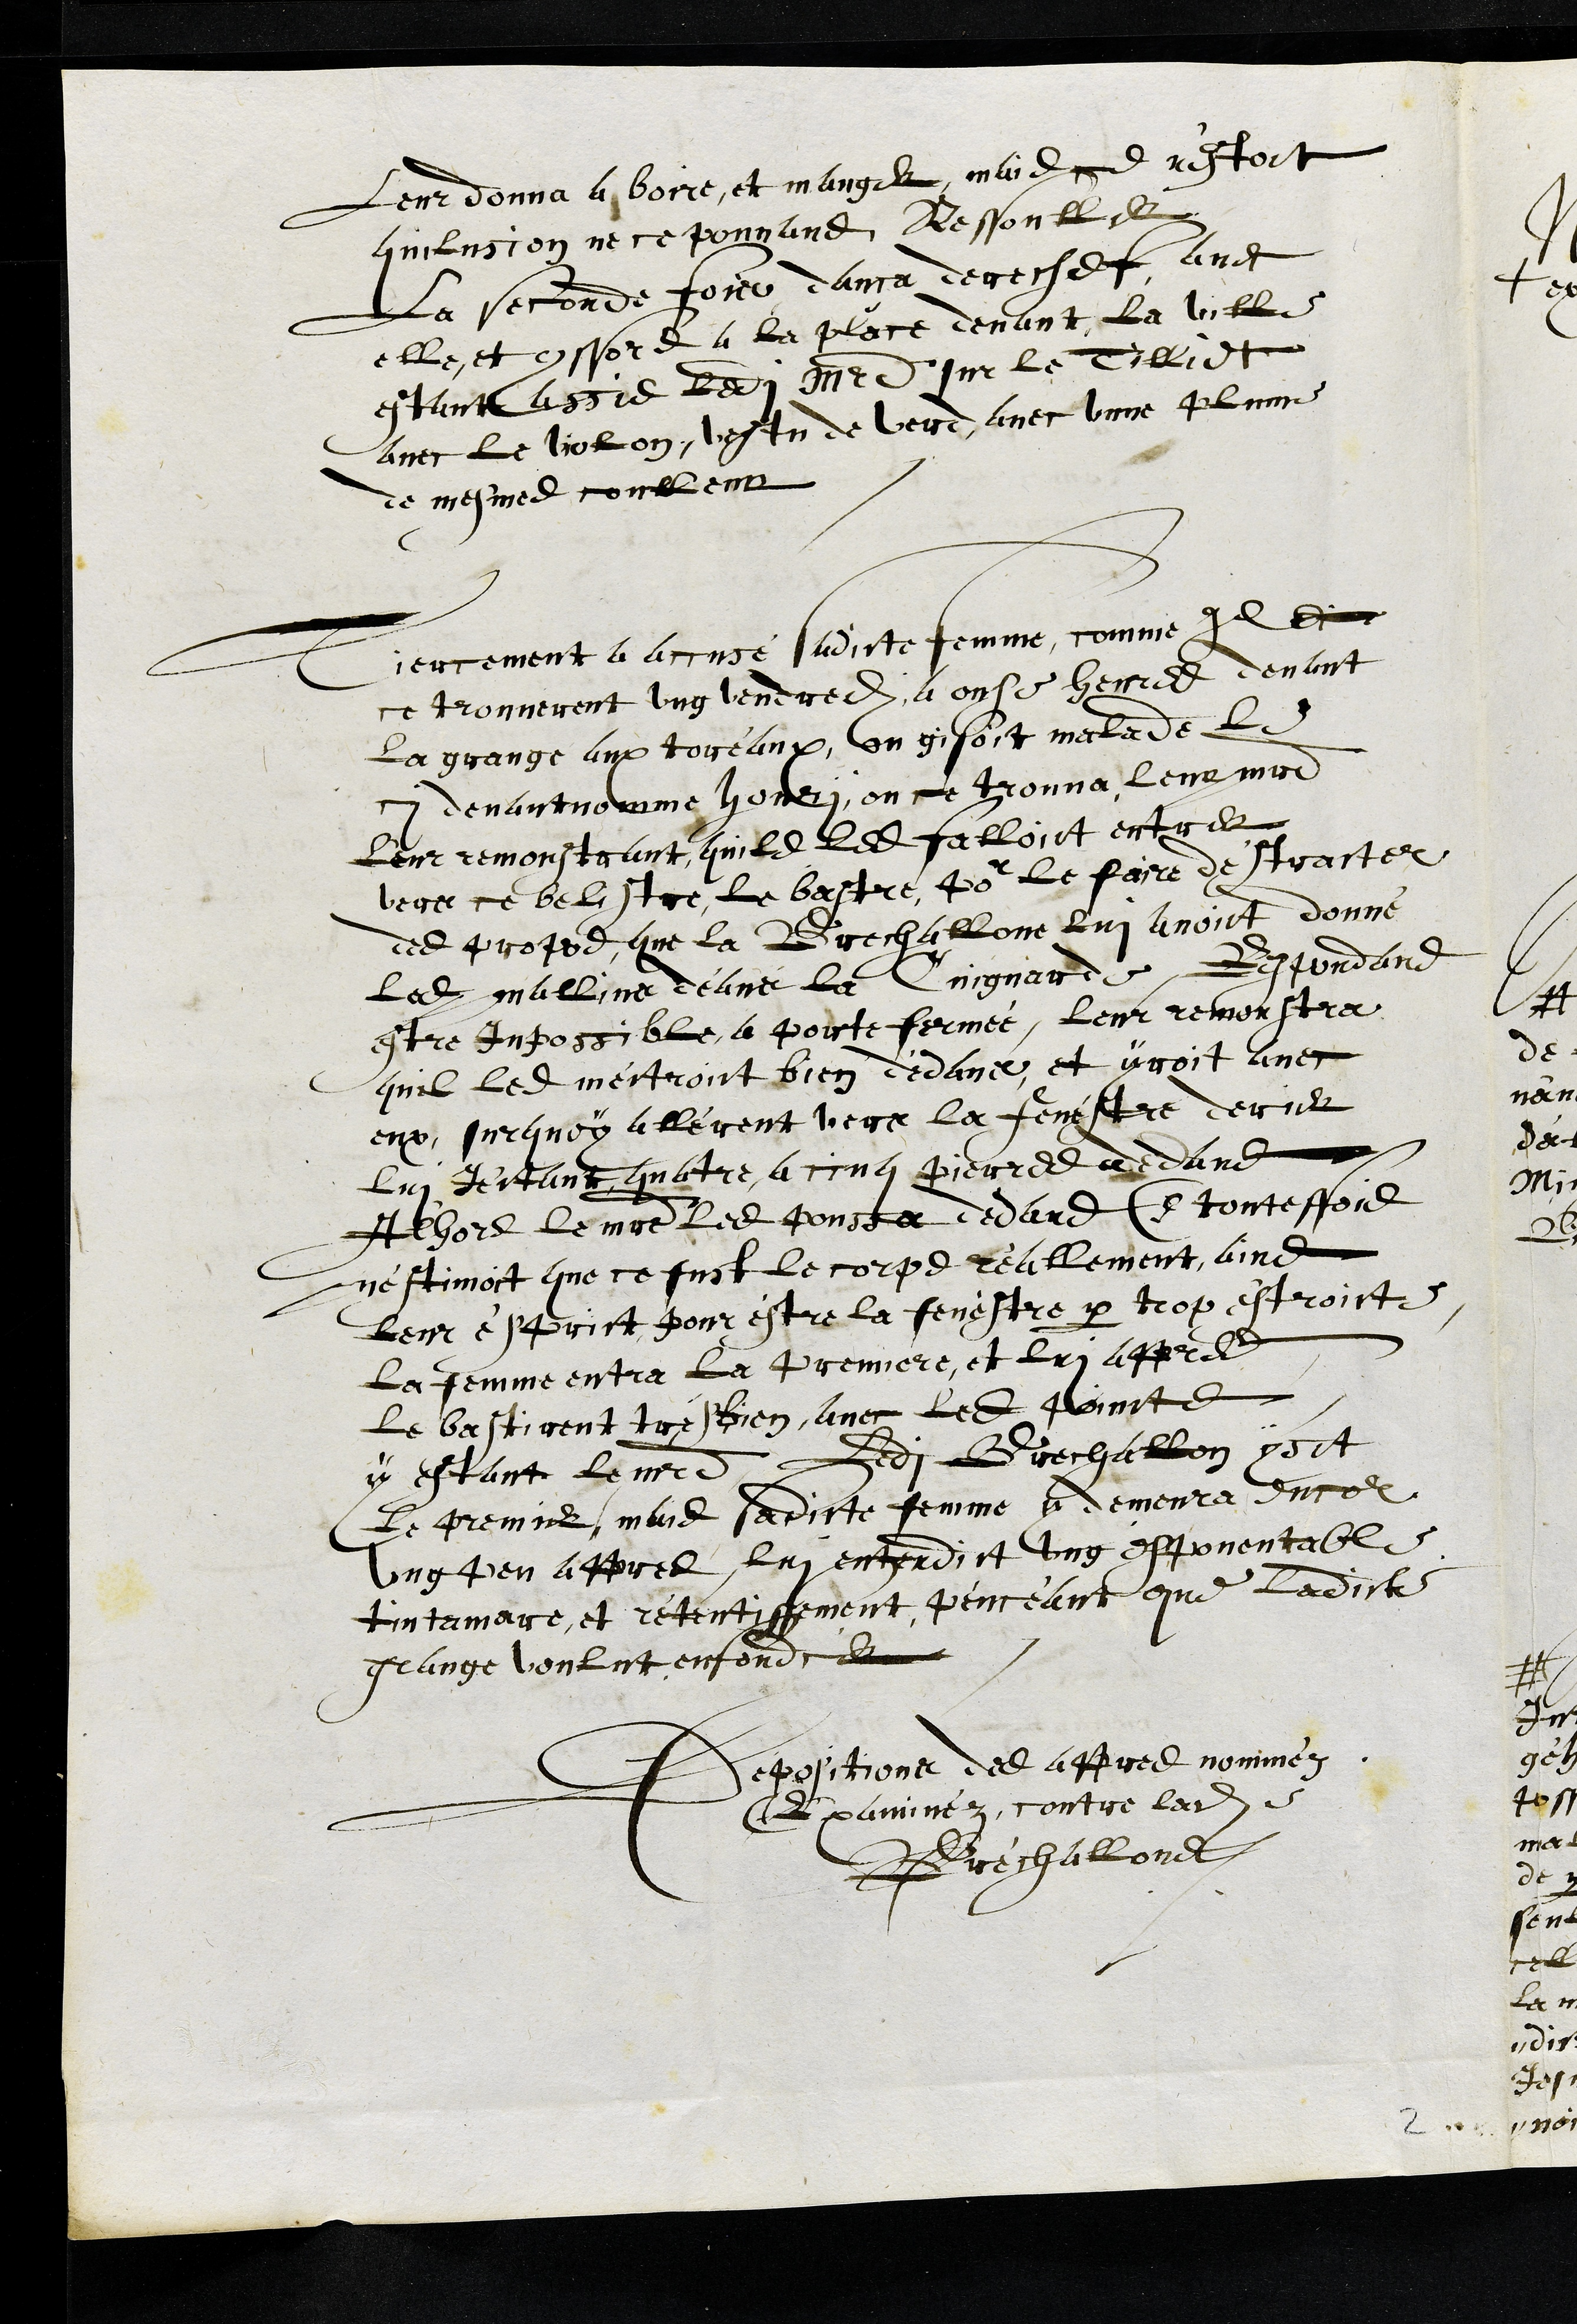
Leur donna a boire, et manger, mais ce nestoit
quilusion ne ce pouvans Ressouller
La seconde fois dança derechef avec
elle et conssors a la place devant la ville
estant assis ledit Maistre sur le Tilliot
avec le violon, vestu de verre avec unne plume
de mesme coulleur
Tiercement a accusé sadicte femme, comme il dit
ce trouverent ung vendredi, a onse heures devant
La grange aux toreaux, ou gisoit malade le
ci devant nomme houry, ou ce trouva leur maitre
leur remonstrant quils les falloict entrer
vers ce belistre, le bastre, pour le faire déstracter
des propos que la Brechallone lui avoit donné
ledit mallins deans la Cuignarde, Respondand
estre Inpossible, a porte fermée, leur remonstra
quil les mectroit bien dedans et yroit avec
eux, surquoy allerent vers la fenestre derier
lui jectant quatre a cinq pierres dedans
Alhors le maitre les poussa dedans (touteffois
n'estimoit que ce fust le corps réallement, ains
Leur ésprict pour estre la fenestre par trop estroitte
La femme entra la premiere, et lui appres
le bastirent tres bien, avec les poincts
y estant le maitre, Ledi Brechallon ysit
le premier, mais sadicte femme y demeura encor
ung peu appres, lui entendict ung espoventable
tintamare, et retentissement penceant que ladicte
grange voulut enfondrer
Depositions des appres nomméz
Examinéz, contre ladite
Bréchallone
2